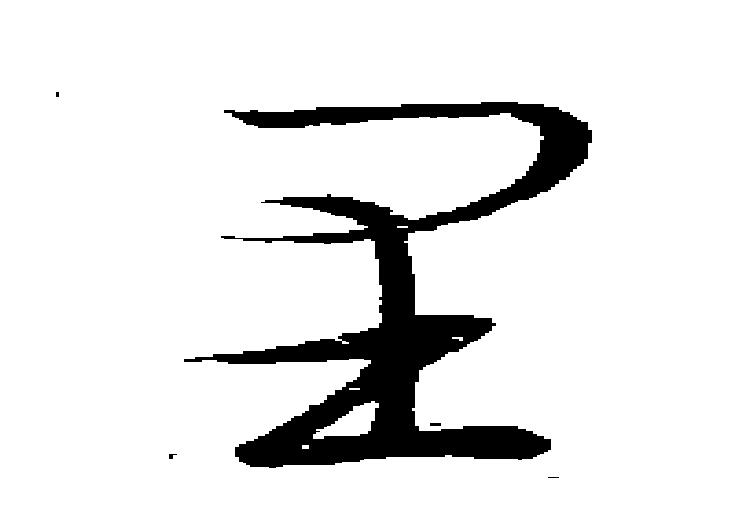
里